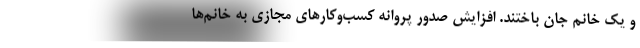
و یک خانم جان باختند. افزایش صدور پروانه کسب‌وکارهای مجازی به خانم‌ها